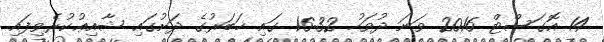
14 އޮގަސްޓް 2016 ވަނަ ދުވަހު 16:32 ގައި ޚަބަރުގެ ދަށުގައި ޝާއިޢުކުރެވިފައި.